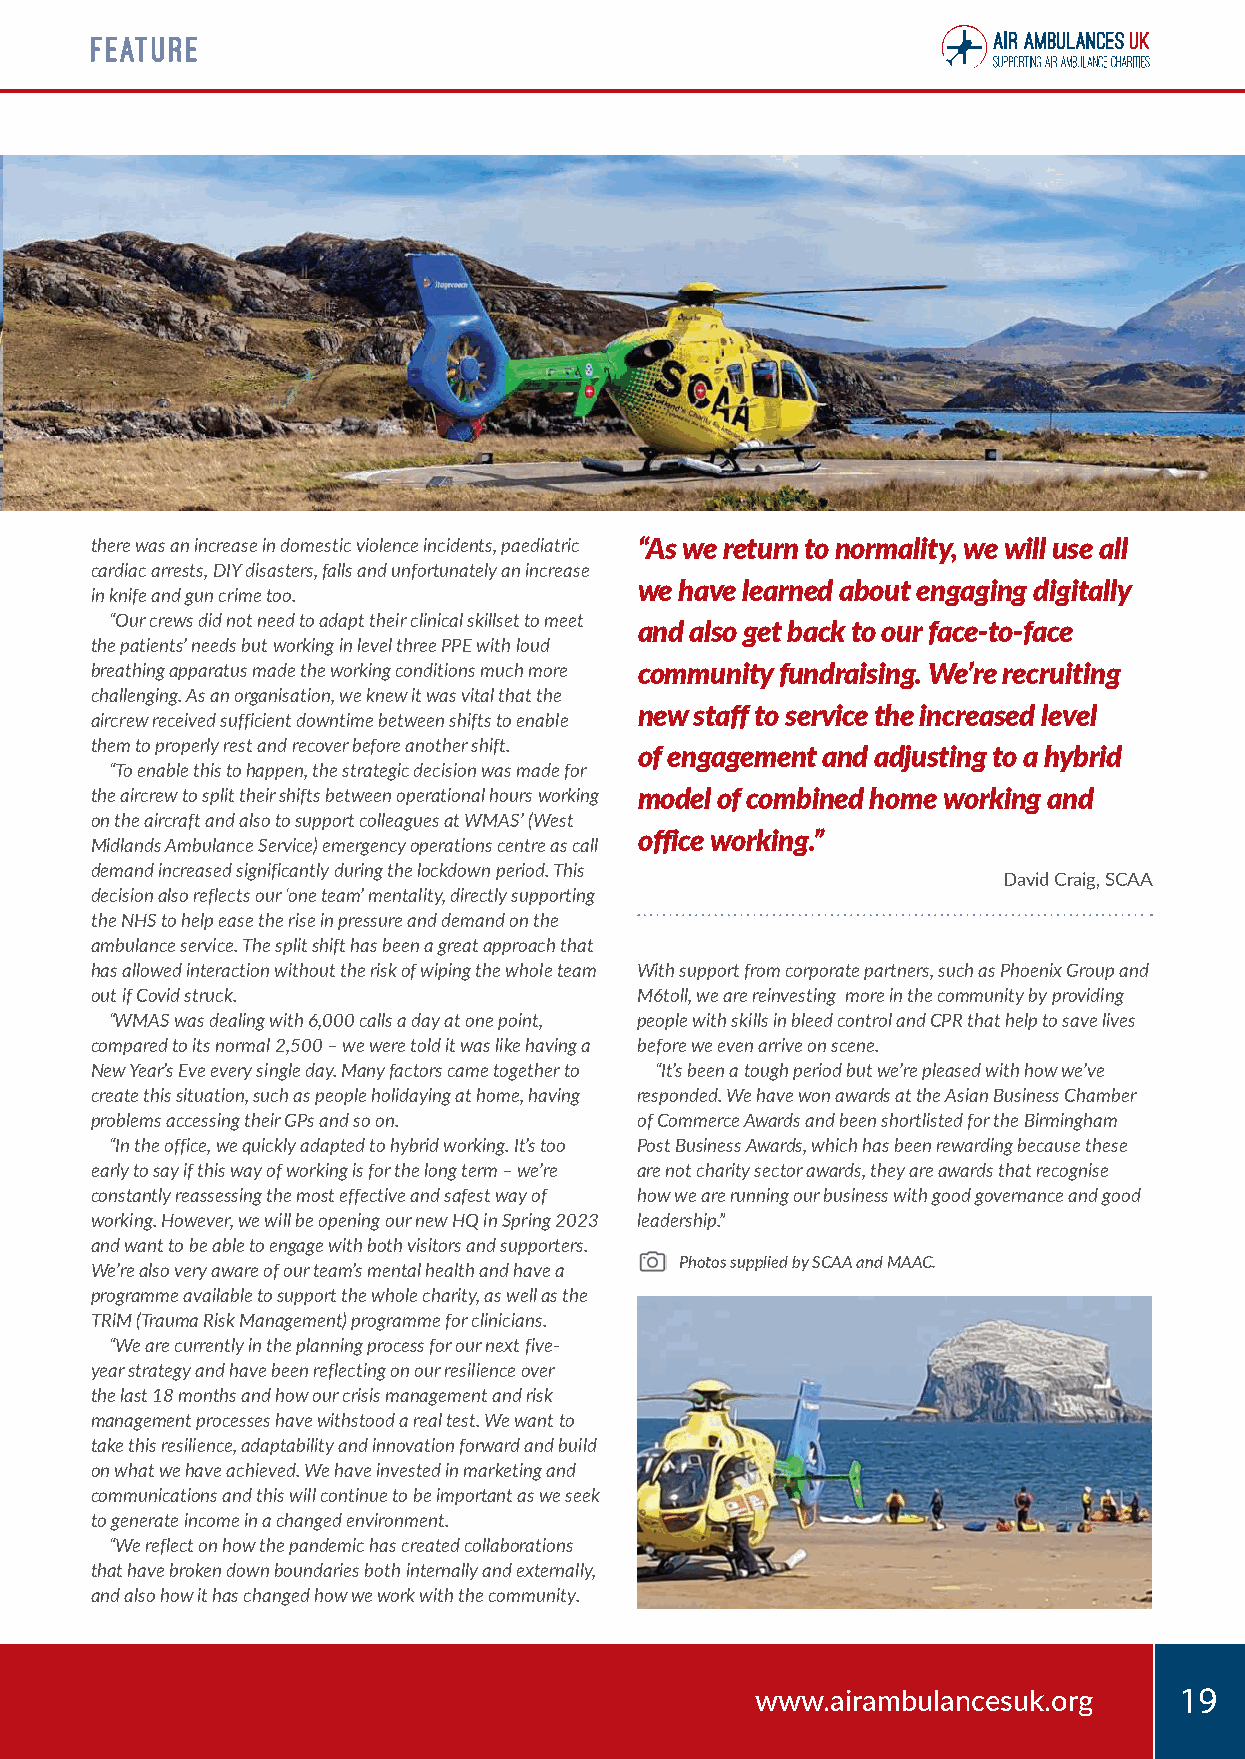
FEATURE
 there was an increase in domestic violence incidents, paediatric “As we return to normality, we will use all
 cardiac arrests, DIY disasters, falls and unfortunately an increase
 we have learned about engaging digitally
 in knife and gun crime too.
 “Our crews did not need to adapt their clinical skillset to meet
 and also get back to our face-to-face
 the patients’ needs but working in level three PPE with loud
 breathing apparatus made the working conditions much more community fundraising. We’re recruiting
 challenging. As an organisation, we knew it was vital that the
 new staff to service the increased level
 aircrew received sufficient downtime between shifts to enable
 them to properly rest and recover before another shift.
 of engagement and adjusting to a hybrid
 “To enable this to happen, the strategic decision was made for
 the aircrew to split their shifts between operational hours working model of combined home working and
 on the aircraft and also to support colleagues at WMAS’ (West
 office working.”
 Midlands Ambulance Service) emergency operations centre as call
 demand increased significantly during the lockdown period. This
 David Craig, SCAA
 decision also reflects our ‘one team’ mentality, directly supporting
 the NHS to help ease the rise in pressure and demand on the
 ambulance service. The split shift has been a great approach that
 has allowed interaction without the risk of wiping the whole team With support from corporate partners, such as Phoenix Group and
 out if Covid struck.                M6toll, we are reinvesting more in the community by providing
 “WMAS was dealing with 6,000 calls a day at one point, people with skills in bleed control and CPR that help to save lives
 compared to its normal 2,500 – we were told it was like having a before we even arrive on scene.
 New Year’s Eve every single day. Many factors came together to “It’s been a tough period but we’re pleased with how we’ve
 create this situation, such as people holidaying at home, having responded. We have won awards at the Asian Business Chamber
 problems accessing their GPs and so on. of Commerce Awards and been shortlisted for the Birmingham
 “In the office, we quickly adapted to hybrid working. It’s too Post Business Awards, which has been rewarding because these
 early to say if this way of working is for the long term – we’re are not charity sector awards, they are awards that recognise
 constantly reassessing the most effective and safest way of how we are running our business with good governance and good
 working. However, we will be opening our new HQ in Spring 2023 leadership.”
 and want to be able to engage with both visitors and supporters.
 Photos supplied by SCAA and MAAC.
 We’re also very aware of our team’s mental health and have a
 programme available to support the whole charity, as well as the
 TRiM (Trauma Risk Management) programme for clinicians.
 “We are currently in the planning process for our next five-
 year strategy and have been reflecting on our resilience over
 the last 18 months and how our crisis management and risk
 management processes have withstood a real test. We want to
 take this resilience, adaptability and innovation forward and build
 on what we have achieved. We have invested in marketing and
 communications and this will continue to be important as we seek
 to generate income in a changed environment.
 “We reflect on how the pandemic has created collaborations
 that have broken down boundaries both internally and externally,
 and also how it has changed how we work with the community.
 www.airambulancesuk.org     19